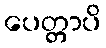
ပေတ္တာပိ